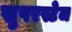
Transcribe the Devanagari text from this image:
सुपरस्टेज